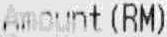
AMOUNT(RM)